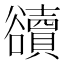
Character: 豄